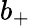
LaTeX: b_{+}